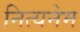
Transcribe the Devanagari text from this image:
नित्यनेम